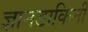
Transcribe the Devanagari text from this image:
ज्ञानडाकिनी